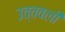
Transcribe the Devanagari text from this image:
उत्तवली